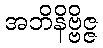
အဘိနိဗ္ဗိဇ္ဇ